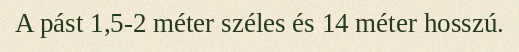
A pást 1,5-2 méter széles és 14 méter hosszú.